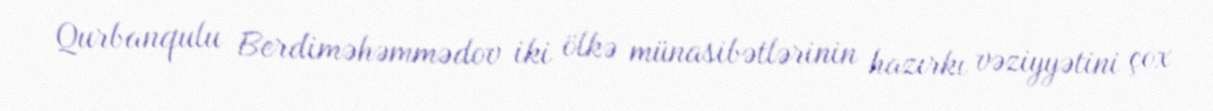
Qurbanqulu Berdiməhəmmədov iki ölkə münasibətlərinin hazırkı vəziyyətini çox